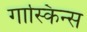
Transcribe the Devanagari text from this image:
गास्किन्स